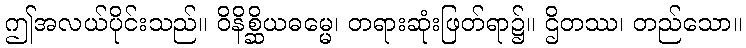
ဤအလယ်ပိုင်းသည်။ ဝိနိစ္ဆိယဓမ္မေ၊ တရားဆုံးဖြတ်ရာ၌။ ဌိတဿ၊ တည်သော။